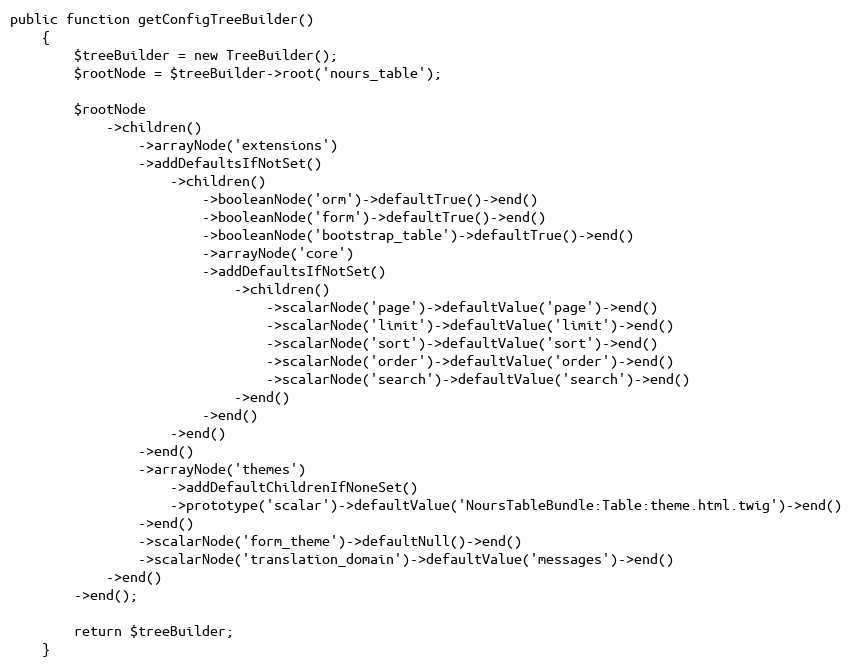
Language: PHP
public function getConfigTreeBuilder()
    {
        $treeBuilder = new TreeBuilder();
        $rootNode = $treeBuilder->root('nours_table');

        $rootNode
            ->children()
                ->arrayNode('extensions')
                ->addDefaultsIfNotSet()
                    ->children()
                        ->booleanNode('orm')->defaultTrue()->end()
                        ->booleanNode('form')->defaultTrue()->end()
                        ->booleanNode('bootstrap_table')->defaultTrue()->end()
                        ->arrayNode('core')
                        ->addDefaultsIfNotSet()
                            ->children()
                                ->scalarNode('page')->defaultValue('page')->end()
                                ->scalarNode('limit')->defaultValue('limit')->end()
                                ->scalarNode('sort')->defaultValue('sort')->end()
                                ->scalarNode('order')->defaultValue('order')->end()
                                ->scalarNode('search')->defaultValue('search')->end()
                            ->end()
                        ->end()
                    ->end()
                ->end()
                ->arrayNode('themes')
                    ->addDefaultChildrenIfNoneSet()
                    ->prototype('scalar')->defaultValue('NoursTableBundle:Table:theme.html.twig')->end()
                ->end()
                ->scalarNode('form_theme')->defaultNull()->end()
                ->scalarNode('translation_domain')->defaultValue('messages')->end()
            ->end()
        ->end();

        return $treeBuilder;
    }